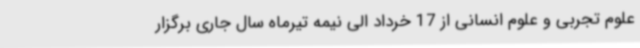
علوم تجربی و علوم انسانی از 17 خرداد الی نیمه تیرماه سال جاری برگزار